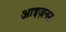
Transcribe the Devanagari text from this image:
आइज़नर